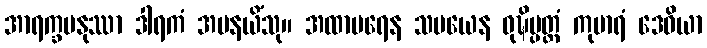
အာရက္ခမနုဿာ ဒါရကံ အပနယိံသု။ အထာပရေန သမယေန ဝုဍ္ဎိပ္ပတ္တံ ကုမာရံ ဒေဝိယာ